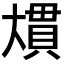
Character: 𭑠